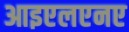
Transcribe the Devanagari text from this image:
आइएलएनए